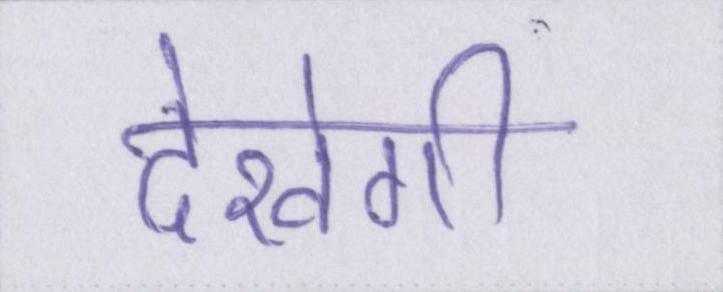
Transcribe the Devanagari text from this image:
देखेगी